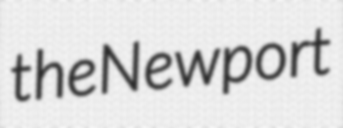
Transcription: the Newport